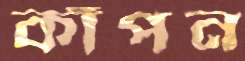
কাঁপন